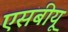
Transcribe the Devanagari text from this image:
एसबीयू